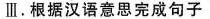
Ⅲ。根据汉语意思完成句子